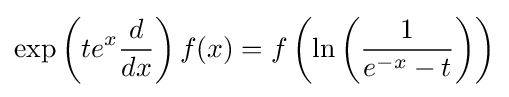
\exp \left(te^{x}{\frac {d}{dx}}\right)f(x)=f\left(\ln \left({\frac {1}{e^{-x}-t}}\right)\right)